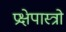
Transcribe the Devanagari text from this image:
प्रक्षेपास्त्रो